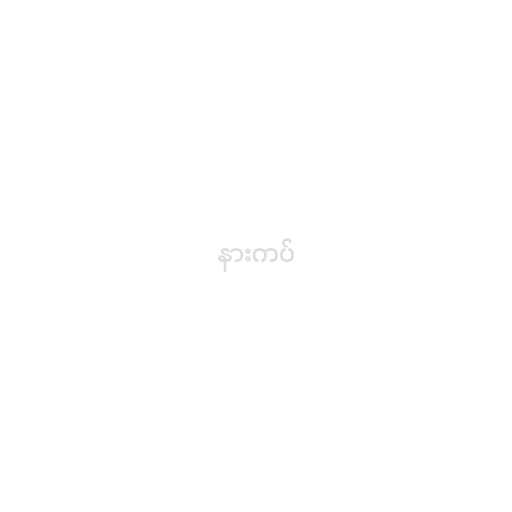
နားကပ်